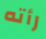
رأته